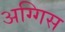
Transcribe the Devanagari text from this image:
अग्गिस